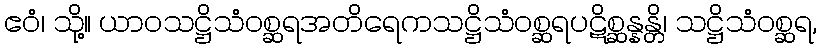
ဧဝံ၊ သို့။ ယာဝသဋ္ဌိသံဝစ္ဆရအတိရေကသဋ္ဌိသံဝစ္ဆရပဋိစ္ဆန္နန္တိ၊ သဋ္ဌိသံဝစ္ဆရ,